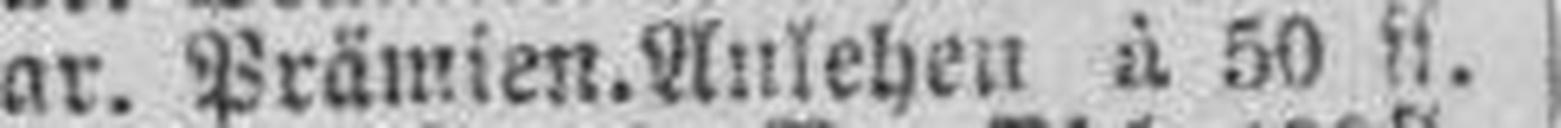
Ungar. Prämien=Anlehen à 50 fl.